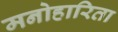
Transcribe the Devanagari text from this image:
मनोहारिता